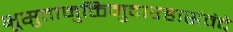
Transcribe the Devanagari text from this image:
भूसुतामुक्तिमुदारहासंवंदे